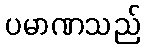
ပမာဏသည်